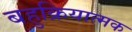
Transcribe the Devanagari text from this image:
बहुक्रियात्मक